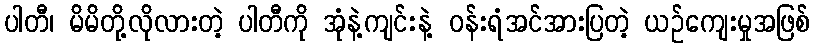
ပါတီ၊ မိမိတို့လိုလားတဲ့ ပါတီကို အုံနဲ့ကျင်းနဲ့ ဝန်းရံအင်အားပြတဲ့ ယဉ်ကျေးမှုအဖြစ်